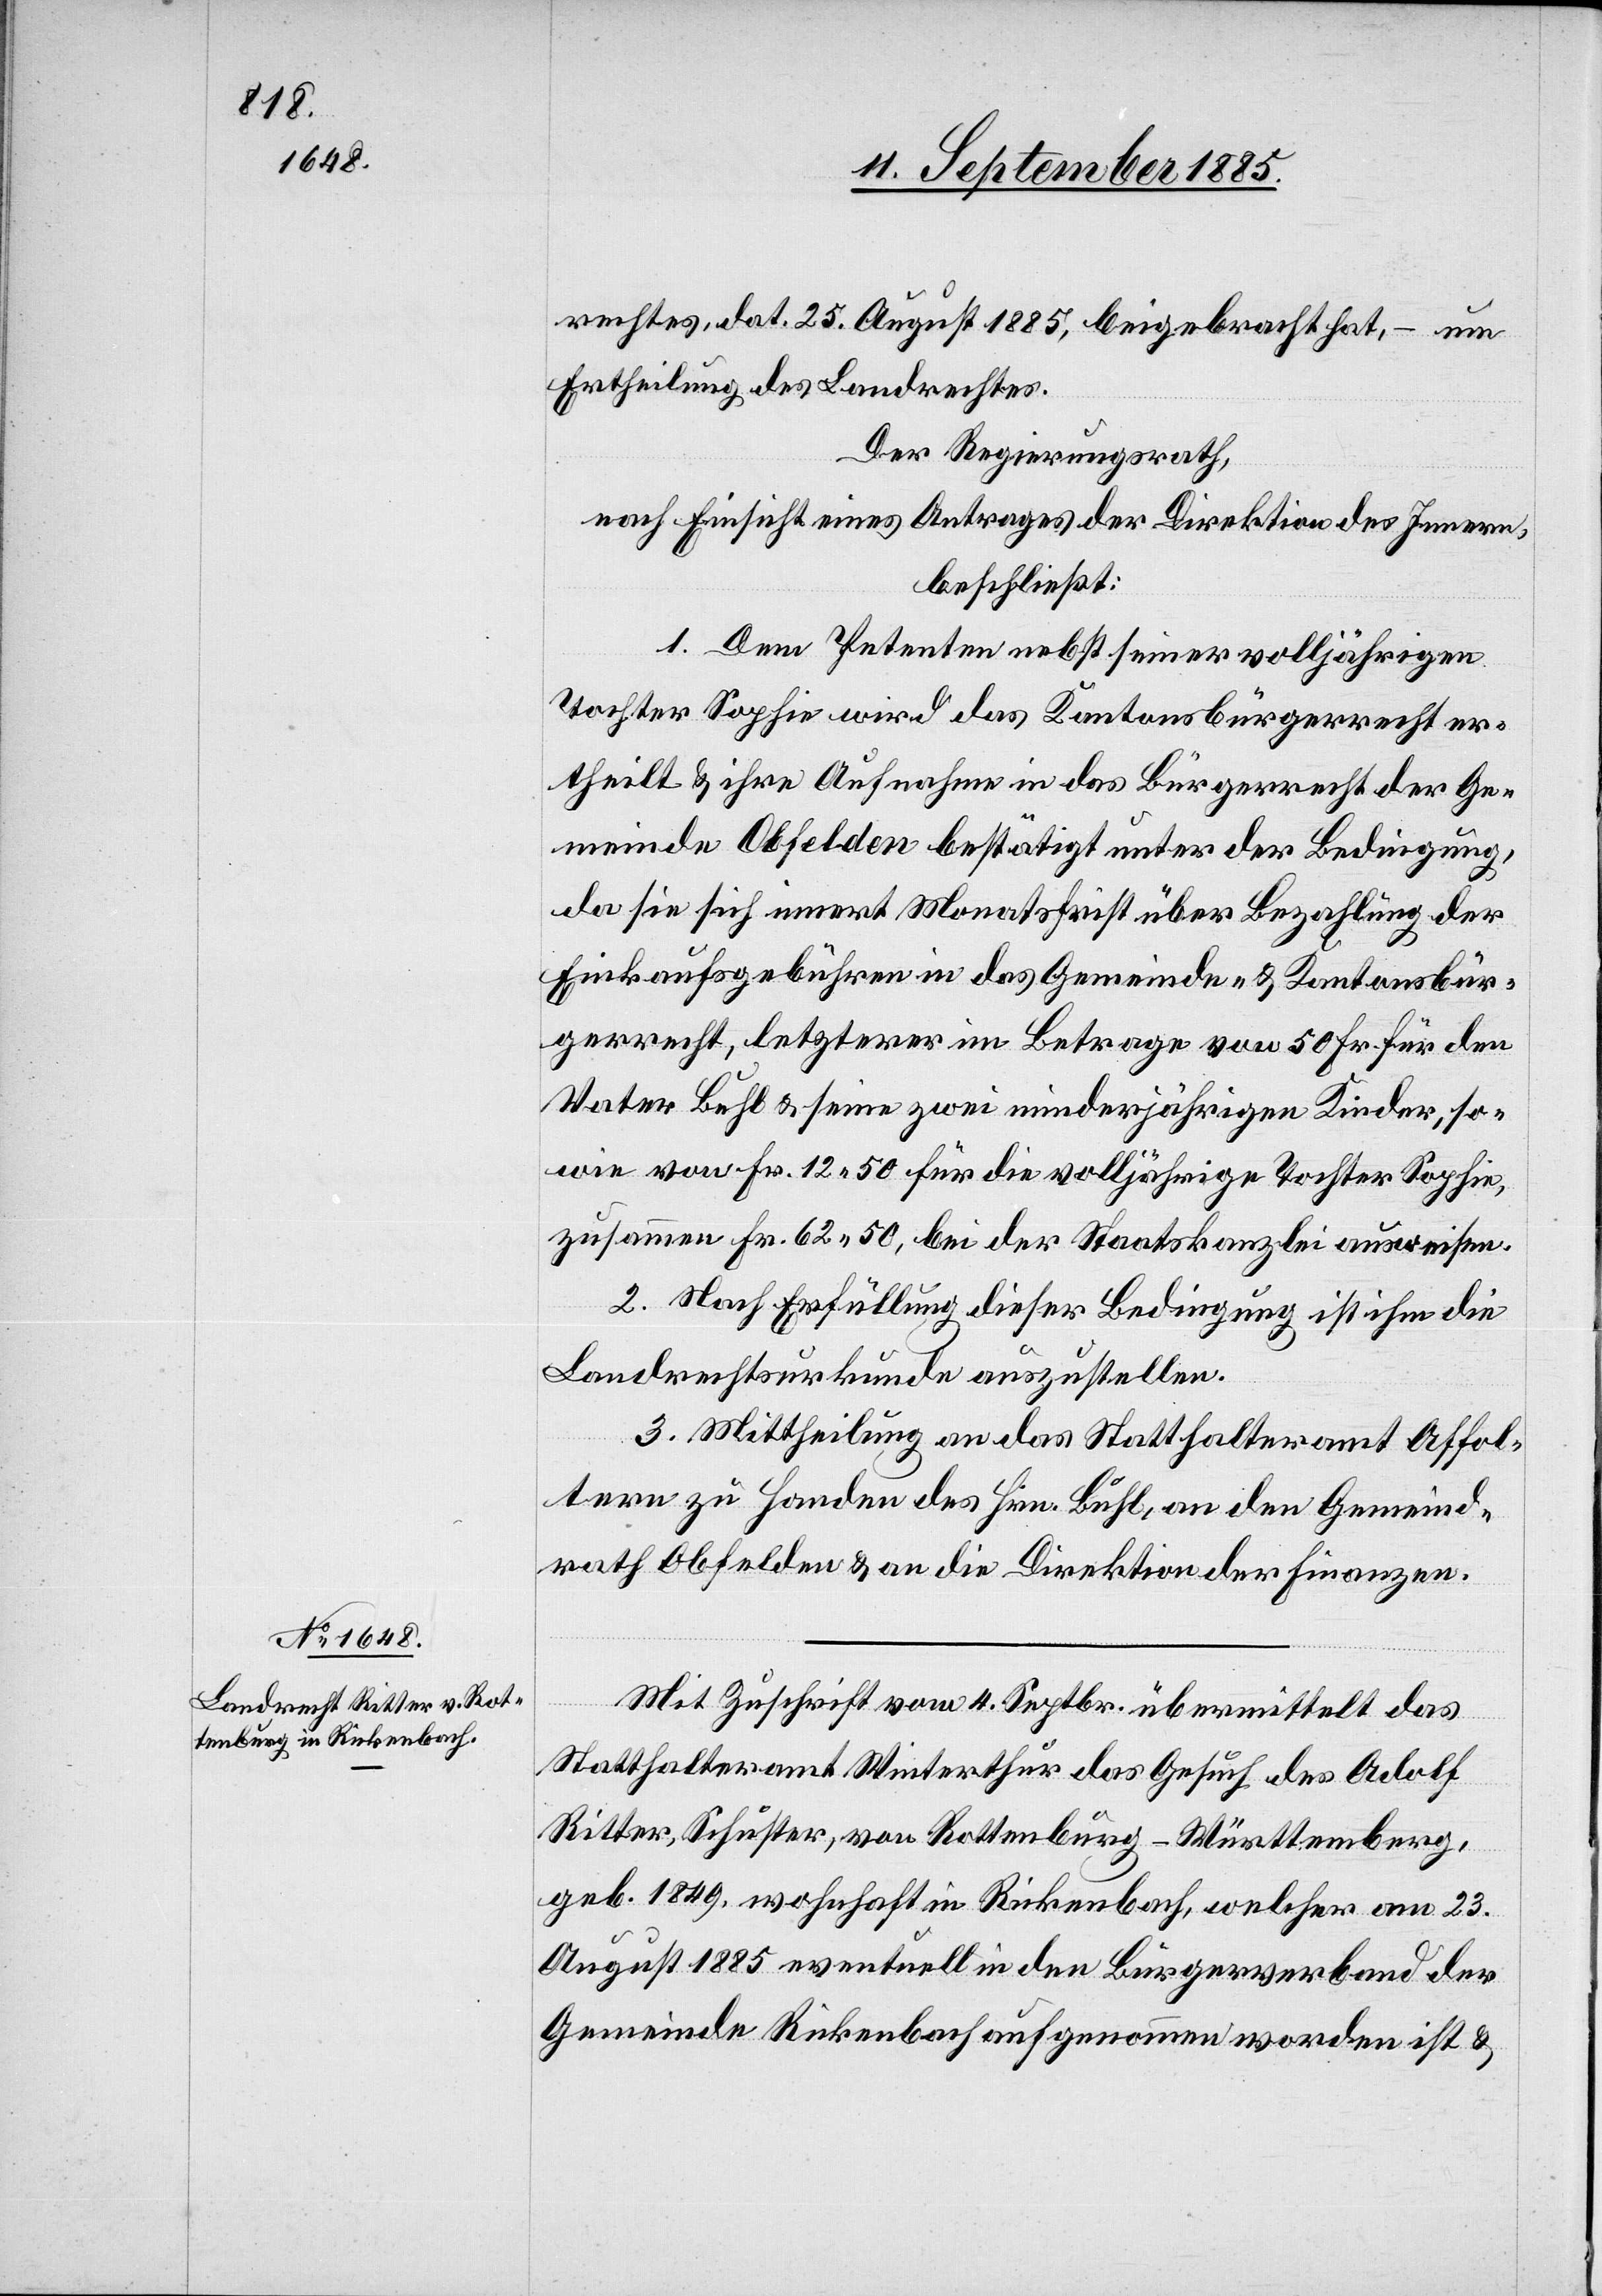
Mit Zuschrift vom 4. Septbr. übermittelt das
Statthalteramt Winterthur das Gesuch des Adolf
Ritter, Schuster, von Rottenburg - Württemberg,
geb. 1849, wohnhaft in Rickenbach, welcher am 23.
August 1885 eventuell in den Bürgerverband der
Gemeinde Rickenbach aufgenommen worden ist &